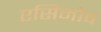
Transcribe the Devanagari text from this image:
एसिमोव